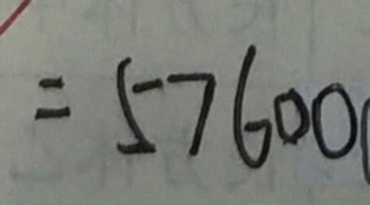
= 5 7 6 0 0